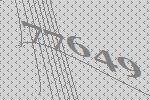
77649